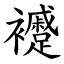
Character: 䙯